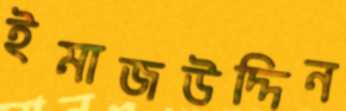
ইমাজউদ্দিন